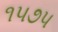
૧૫૭૫